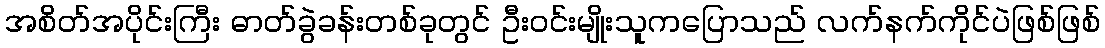
အစိတ်အပိုင်းကြီး ဓာတ်ခွဲခန်းတစ်ခုတွင် ဦးဝင်းမျိုးသူကပြောသည် လက်နက်ကိုင်ပဲဖြစ်ဖြစ်